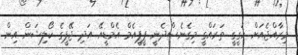
މިރާއްޖެއަށް ހަގީގީ ތަރައްގީ މިގެނެސްދެނީ ޕީޕީއެމް އެމްޑީއޭ އަދި ޖޭޕީގެ ކޯލިޝަން އިން